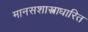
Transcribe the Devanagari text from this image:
मानसशास्त्राधारित